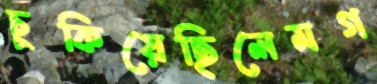
চুকিয়েছিলেমগ